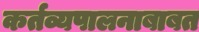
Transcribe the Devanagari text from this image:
कर्तव्यपालनाबाबत